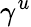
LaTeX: \gamma^{u}